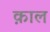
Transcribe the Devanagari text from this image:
क़ाल